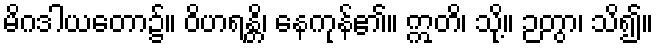
မိဂဒါယတော၌။ ဝိဟရန္တိ၊ နေကုန်၏။ ဣတိ၊ သို့။ ဉတွာ၊ သိ၍။